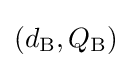
(d_{\text{B}},Q_{\text{B}})